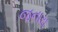
જનારા